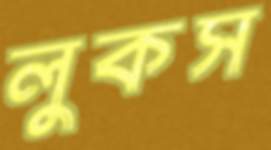
লুকস